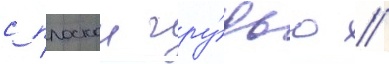
с плоскои гру́дью //